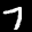
Label: 7